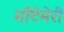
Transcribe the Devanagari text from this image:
मोंटेमेरी